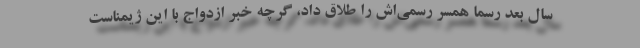
سال بعد رسماً همسر رسمی‌اش را طلاق داد، گرچه خبر ازدواج با این ژیمناست